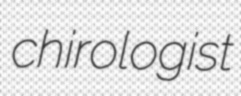
chirologist